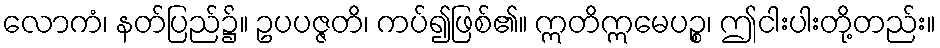
လောကံ၊ နတ်ပြည်၌။ ဥပပဇ္ဇတိ၊ ကပ်၍ဖြစ်၏။ ဣတိဣမေပဉ္စ၊ ဤငါးပါးတို့တည်း။